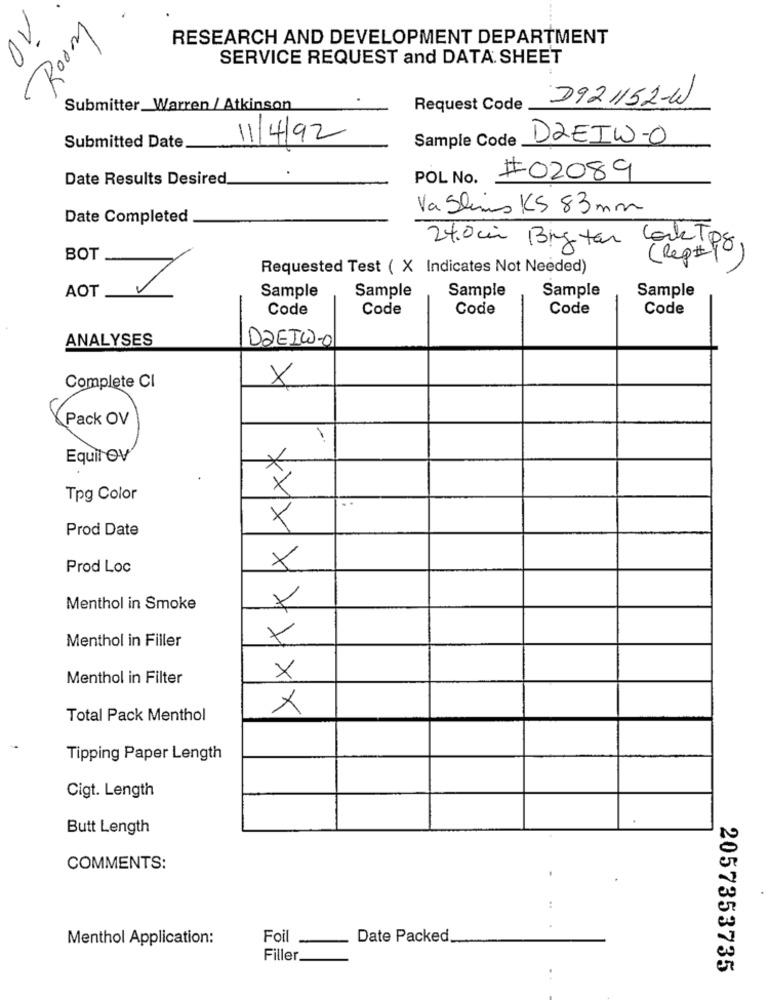
RESEARCH AND DEVELOPMENT DEPARTMENT
10
SERVICE REQUEST and DATA SHEET
Lupoy
2921152-W
Submitter Warren / Atkinson
Request Code
11/4/92
Sample Code
Submitted Date
DREIW-O
Date Results Desired
POL No.
#02089
Va Shins KS 83mm
Date Completed
24.0cm Big tar CorkTo
BOT
(Rep#(8)
Requested Test ( X Indicates Not Needed)
AOT
Sample
Sample
Sample
Sample
Sample
Code
Code
Code
Code
Code
ANALYSES
DREIW-O
X
Complete CI
Pack OV
Equil Ov
*
Tpg Color
X
Prod Date
Prod Loc
X
Menthol in Smoke
Menthol in Filler
Menthol in Filter
X
×
Total Pack Menthol
Tipping Paper Length
Cigt. Length
Butt Length
COMMENTS:
:
Menthol Application:
Foil
Date Packed.
Filler
2057353735
..